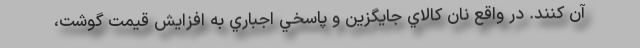
آن كنند. در واقع نان كالاي جايگزين و پاسخي اجباري به افزايش قيمت گوشت،